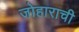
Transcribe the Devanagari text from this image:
जोहाराची